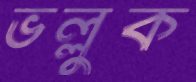
ভল্লুক